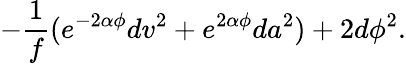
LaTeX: -\frac{1}{f}(e^{-2\alpha\phi}dv^{2}+e^{2\alpha\phi}da^{2})+2d\phi^{2}.